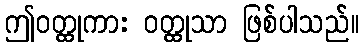
ဤဝတ္ထုကား ဝတ္ထုသာ ဖြစ်ပါသည်။